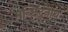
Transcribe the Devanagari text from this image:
मच्छिंद्र्नाथ